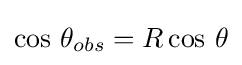
\cos \,{\theta _{obs}}=R\cos \,{\theta }